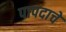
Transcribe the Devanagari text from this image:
पापदाचे